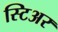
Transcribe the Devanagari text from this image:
स्टिअर